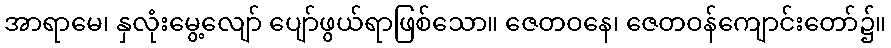
အာရာမေ၊ နှလုံးမွေ့လျော် ပျော်ဖွယ်ရာဖြစ်သော။ ဇေတဝနေ၊ ဇေတဝန်ကျောင်းတော်၌။